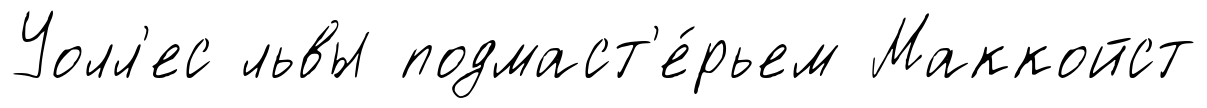
Уолл'ес львы подмаст'е́рьем Маккойст